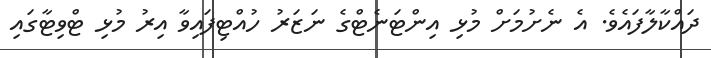
ދައްކާލާފައެވެ. އެ ނެށުމަށް މުޅި އިންޓަނެޓްގެ ނަޒަރު ހުއްޓިފައިވާ އިރު މުޅި ޓްވިޓާގައި